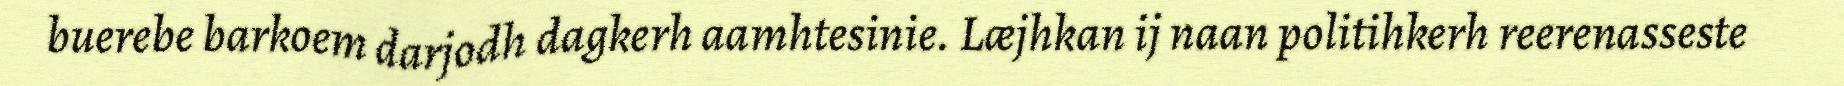
buerebe barkoem darjodh dagkerh aamhtesinie. Læjhkan ij naan politihkerh reerenasseste